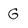
Character: G